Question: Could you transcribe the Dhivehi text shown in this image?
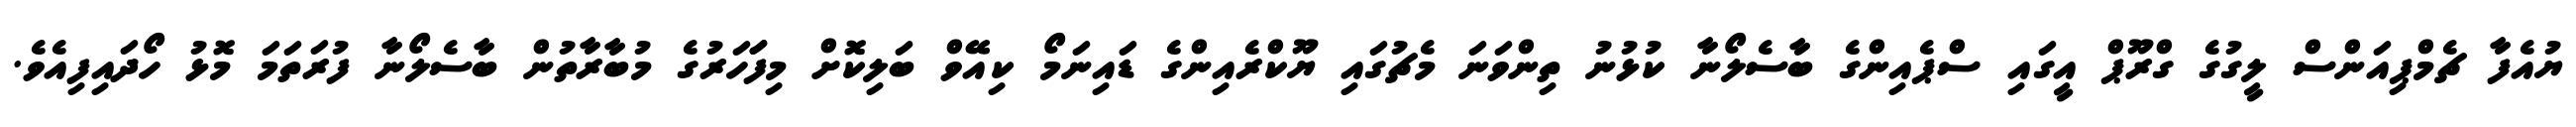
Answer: ޔުއެފާ ޗެމްޕިއަންސް ލީގުގެ ގްރޫޕް އީގައި ސްޕެއިންގެ ބާސެލޯނާ ކުޅުނު ތިންވަނަ މެޗުގައި ޔޫކްރެއިންގެ ޑައިނަމޯ ކިއޭވް ބަލިކޮށް މިފަަހަރުގެ މުބާރާތުން ބާސެލޯނާ ފުރަތަމަ މޮޅު ހޯދައިފިއެވެ.